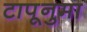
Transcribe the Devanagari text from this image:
टापूनुमा